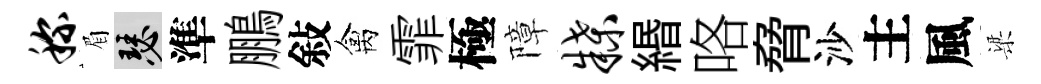
称眉瑟準鵬敍禽霏極障牒緡咯脅沙主風梁